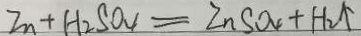
Z n + H _ { 2 } S O _ { 4 } = Z n S O _ { 4 } + H _ { 2 } \uparrow